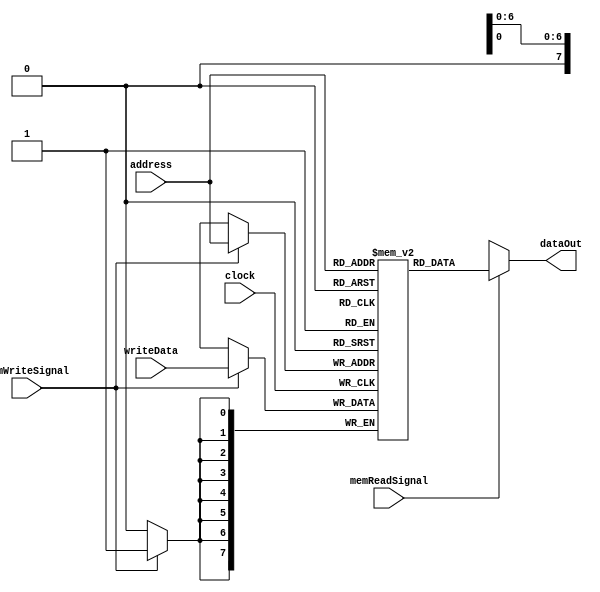
`timescale 1ns / 1ps
//////////////////////////////////////////////////////////////////////////////////
// Company: 
// Engineer: 
// 
// Design Name: 
// Module Name: dataMemory
// Project Name: 
// Target Devices: 
// Tool Versions: 
// Description: 
// 
// Dependencies: 
// 
// Revision:
// Revision 0.01 - File Created
// Additional Comments:
// 
//////////////////////////////////////////////////////////////////////////////////


module dataMemory(clock,memReadSignal, memWriteSignal, address, writeData, dataOut);

input clock; 
input memReadSignal;
input memWriteSignal; 
input [7:0] address;
input [7:0] writeData;
output [7:0] dataOut; 
reg [7:0] dataMemory [0:255];

always@(posedge clock)
begin
if(memWriteSignal)
begin
 dataMemory[address] <= writeData;
 end
end

assign  dataOut = memReadSignal ? dataMemory[address] : 7'bx;
endmodule